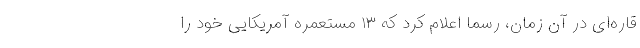
قاره‌ای در آن زمان، رسماً اعلام کرد که ۱۳ مستعمره آمریکایی خود را